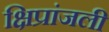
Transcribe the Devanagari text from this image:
क्षिप्रांजली